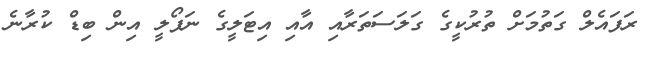
ރަފައެލް ގަތުމަށް ތުރުކީގެ ގަލަސަތަރާއި އާއި އިޓަލީގެ ނަޕޯލީ އިން ބިޑް ކުރާނެ